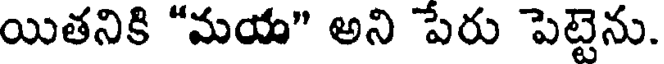
యితనికి "మయ" అని పేరు పెట్టెను.